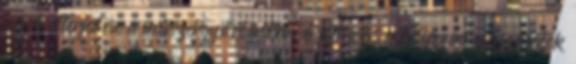
körű elterjedése a műszergyártásban 6 Kihívás a helyszíni vizsgálatok